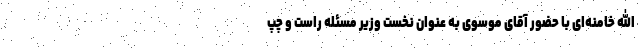
الله خامنه‌ای با حضور آقای موسوی به عنوان نخست وزیر مسئله راست و چپ